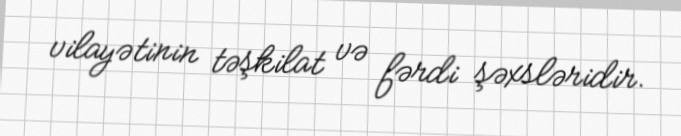
vilayətinin təşkilat və fərdi şəxsləridir.